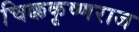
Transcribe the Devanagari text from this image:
चिक्ककृष्णराज